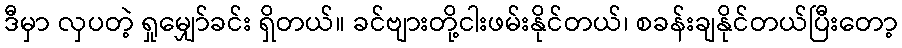
ဒီမှာ လှပတဲ့ ရှုမျှော်ခင်း ရှိတယ်။ ခင်ဗျားတို့ငါးဖမ်းနိုင်တယ်၊ စခန်းချနိုင်တယ်ပြီးတော့